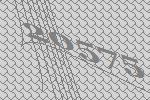
20575